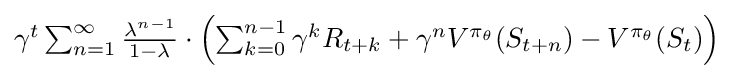
{\textstyle \gamma ^{t}\sum _{n=1}^{\infty }{\frac {\lambda ^{n-1}}{1-\lambda }}\cdot \left(\sum _{k=0}^{n-1}\gamma ^{k}R_{t+k}+\gamma ^{n}V^{\pi _{\theta }}(S_{t+n})-V^{\pi _{\theta }}(S_{t})\right)}